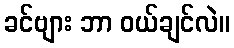
ခင်ဗျား ဘာ ဝယ်ချင်လဲ။